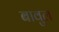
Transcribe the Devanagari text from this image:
बावुल